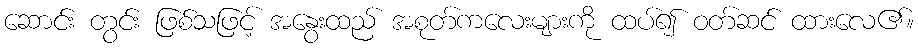
ဆောင်း တွင်း ဖြစ်သဖြင့် အနွေးထည် အစုတ်ကလေးများကို ထပ်၍ ဝတ်ဆင် ထားလေ၏။